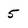
Character: 5